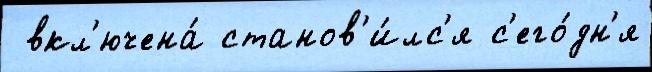
 вкл'ючена́ станов'и́лс'я с'его́дн'я